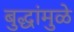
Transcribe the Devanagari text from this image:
बुद्धांमुळे